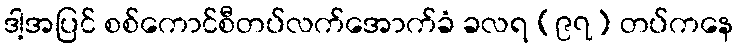
ဒါ့အပြင် စစ်ကောင်စီတပ်လက်အောက်ခံ ခလရ (၉၇) တပ်ကနေ